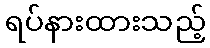
ရပ်နားထားသည့်